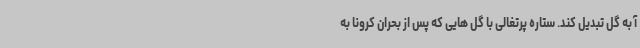
آ به گل تبدیل کند. ستاره پرتغالی با گل هایی که پس از بحران کرونا به